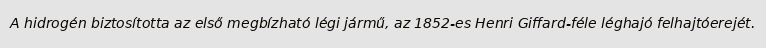
A hidrogén biztosította az első megbízható légi jármű, az 1852-es Henri Giffard-féle léghajó felhajtóerejét.